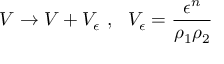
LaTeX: V \rightarrow V + V _ { \epsilon } \, \, , \, \, \, \, V _ { \epsilon } = \frac { \epsilon ^ { n } } { \rho _ { 1 } \rho _ { 2 } }